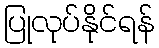
ပြုလုပ်နိုင်ရန်